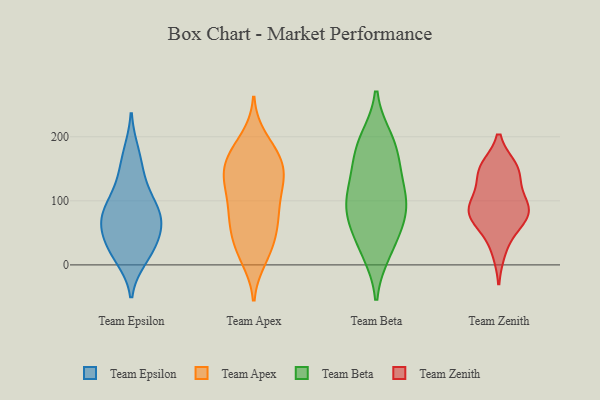
{"axis": {"x": "Gross Profit (USD K)", "y": "Value"}, "legend": ["Team Apex", "Team Beta", "Team Epsilon", "Team Zenith"], "data": [{"x": "", "y": 67, "type": "Team Epsilon"}, {"x": "", "y": 79, "type": "Team Epsilon"}, {"x": "", "y": 10, "type": "Team Epsilon"}, {"x": "", "y": 85, "type": "Team Epsilon"}, {"x": "", "y": 176, "type": "Team Epsilon"}, {"x": "", "y": 55, "type": "Team Epsilon"}, {"x": "", "y": 117, "type": "Team Epsilon"}, {"x": "", "y": 51, "type": "Team Epsilon"}, {"x": "", "y": 19, "type": "Team Epsilon"}, {"x": "", "y": 144, "type": "Team Epsilon"}, {"x": "", "y": 29, "type": "Team Epsilon"}, {"x": "", "y": 90, "type": "Team Epsilon"}, {"x": "", "y": 136, "type": "Team Apex"}, {"x": "", "y": 73, "type": "Team Apex"}, {"x": "", "y": 71, "type": "Team Apex"}, {"x": "", "y": 125, "type": "Team Apex"}, {"x": "", "y": 11, "type": "Team Apex"}, {"x": "", "y": 125, "type": "Team Apex"}, {"x": "", "y": 137, "type": "Team Apex"}, {"x": "", "y": 164, "type": "Team Apex"}, {"x": "", "y": 21, "type": "Team Apex"}, {"x": "", "y": 177, "type": "Team Apex"}, {"x": "", "y": 149, "type": "Team Apex"}, {"x": "", "y": 172, "type": "Team Apex"}, {"x": "", "y": 167, "type": "Team Apex"}, {"x": "", "y": 86, "type": "Team Apex"}, {"x": "", "y": 61, "type": "Team Apex"}, {"x": "", "y": 121, "type": "Team Apex"}, {"x": "", "y": 39, "type": "Team Apex"}, {"x": "", "y": 80, "type": "Team Apex"}, {"x": "", "y": 196, "type": "Team Apex"}, {"x": "", "y": 25, "type": "Team Apex"}, {"x": "", "y": 88, "type": "Team Beta"}, {"x": "", "y": 194, "type": "Team Beta"}, {"x": "", "y": 126, "type": "Team Beta"}, {"x": "", "y": 68, "type": "Team Beta"}, {"x": "", "y": 33, "type": "Team Beta"}, {"x": "", "y": 132, "type": "Team Beta"}, {"x": "", "y": 183, "type": "Team Beta"}, {"x": "", "y": 90, "type": "Team Beta"}, {"x": "", "y": 22, "type": "Team Beta"}, {"x": "", "y": 90, "type": "Team Beta"}, {"x": "", "y": 175, "type": "Team Beta"}, {"x": "", "y": 139, "type": "Team Zenith"}, {"x": "", "y": 95, "type": "Team Zenith"}, {"x": "", "y": 147, "type": "Team Zenith"}, {"x": "", "y": 91, "type": "Team Zenith"}, {"x": "", "y": 22, "type": "Team Zenith"}, {"x": "", "y": 63, "type": "Team Zenith"}, {"x": "", "y": 76, "type": "Team Zenith"}, {"x": "", "y": 67, "type": "Team Zenith"}, {"x": "", "y": 92, "type": "Team Zenith"}, {"x": "", "y": 151, "type": "Team Zenith"}, {"x": "", "y": 91, "type": "Team Zenith"}, {"x": "", "y": 150, "type": "Team Zenith"}]}